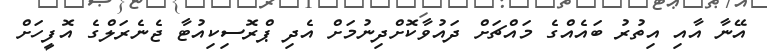
އޭނާ އާއި އިތުރު ބައެއްގެ މައްޗަށް ދައުވާކޮށްދިނުމަށް އެދި ޕްރޮސިކިއުޓާ ޖެނެރަލްގެ އޮފީހަށް